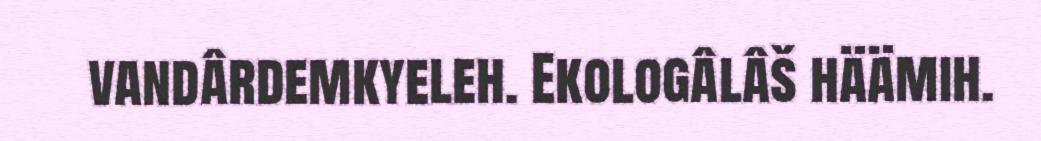
vandârdemkyeleh. Ekologâlâš häämih.